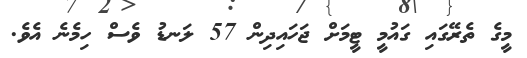
މީގެ ތެރޭގައި ގައުމީ ޓީމަށް ޖަހައިދިން 57 ލަނޑު ވެސް ހިމެނެ އެވެ.